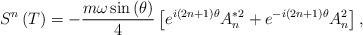
LaTeX: \begin{align*}S^n\left( T\right) =-\frac{m\omega \sin \left( \theta \right) }4\left[e^{i\left( 2n+1\right) \theta }A_n^{*2}+e^{-i\left( 2n+1\right) \theta}A_n^2\right] ,\end{align*}